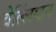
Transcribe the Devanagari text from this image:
वेल्लिंग्टन